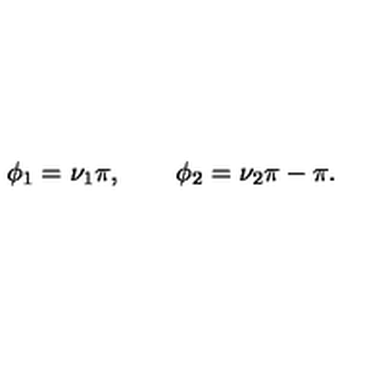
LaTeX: \phi _ { 1 } = \nu _ { 1 } \pi , \qquad \phi _ { 2 } = \nu _ { 2 } \pi - \pi .